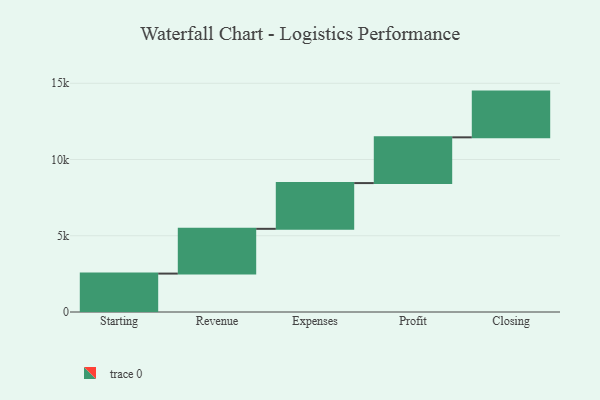
{"axis": {"x": "Step", "y": "Value"}, "legend": [""], "data": [{"x": "Starting", "y": 2519.0, "type": ""}, {"x": "Revenue", "y": 2936.0, "type": ""}, {"x": "Expenses", "y": 3000, "type": ""}, {"x": "Profit", "y": 3000, "type": ""}, {"x": "Closing", "y": 3000, "type": ""}]}